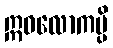
ဣဓလောကမ္ပိ